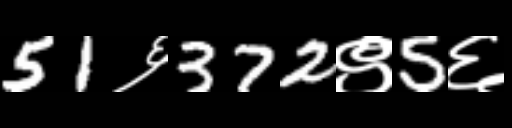
Text: 51६372९5६